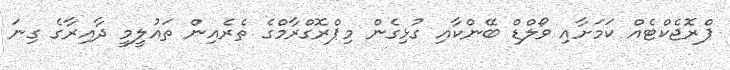
ޕްރޮޖެކްޓެއް ކަމަށާއި ވޯލްޑް ބޭންކާއި ގުޅިގެން މިޕްރޮގްރާމްގެ ތެރެއިން ތައުލީމީ ދާއިރާގެ ގިނަ